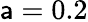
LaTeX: \mathsf{a}=0.2